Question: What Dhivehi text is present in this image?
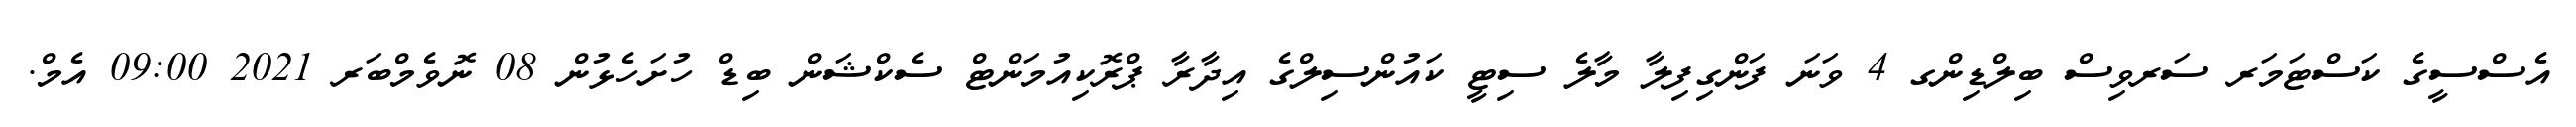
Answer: އެސްސީގެ ކަސްޓަމަރ ސަރވިސް ބިލްޑިންގ 4 ވަނަ ފަންގިފިލާ މާލެ ސިޓީ ކައުންސިލްގެ އިދާރާ ޕްރޮކިއުމަންޓް ސެކްޝަން ބިޑް ހުށަހެޅުން 08 ނޮވެމްބަރ 2021 09:00 އެމް.